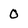
Character: 0